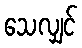
သေလျှင်